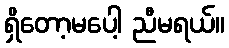
ရှိတော့မပေါ့ ညီမရယ်။